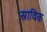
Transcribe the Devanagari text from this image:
स्राविक